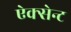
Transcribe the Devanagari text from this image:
ऐक्सेन्ट